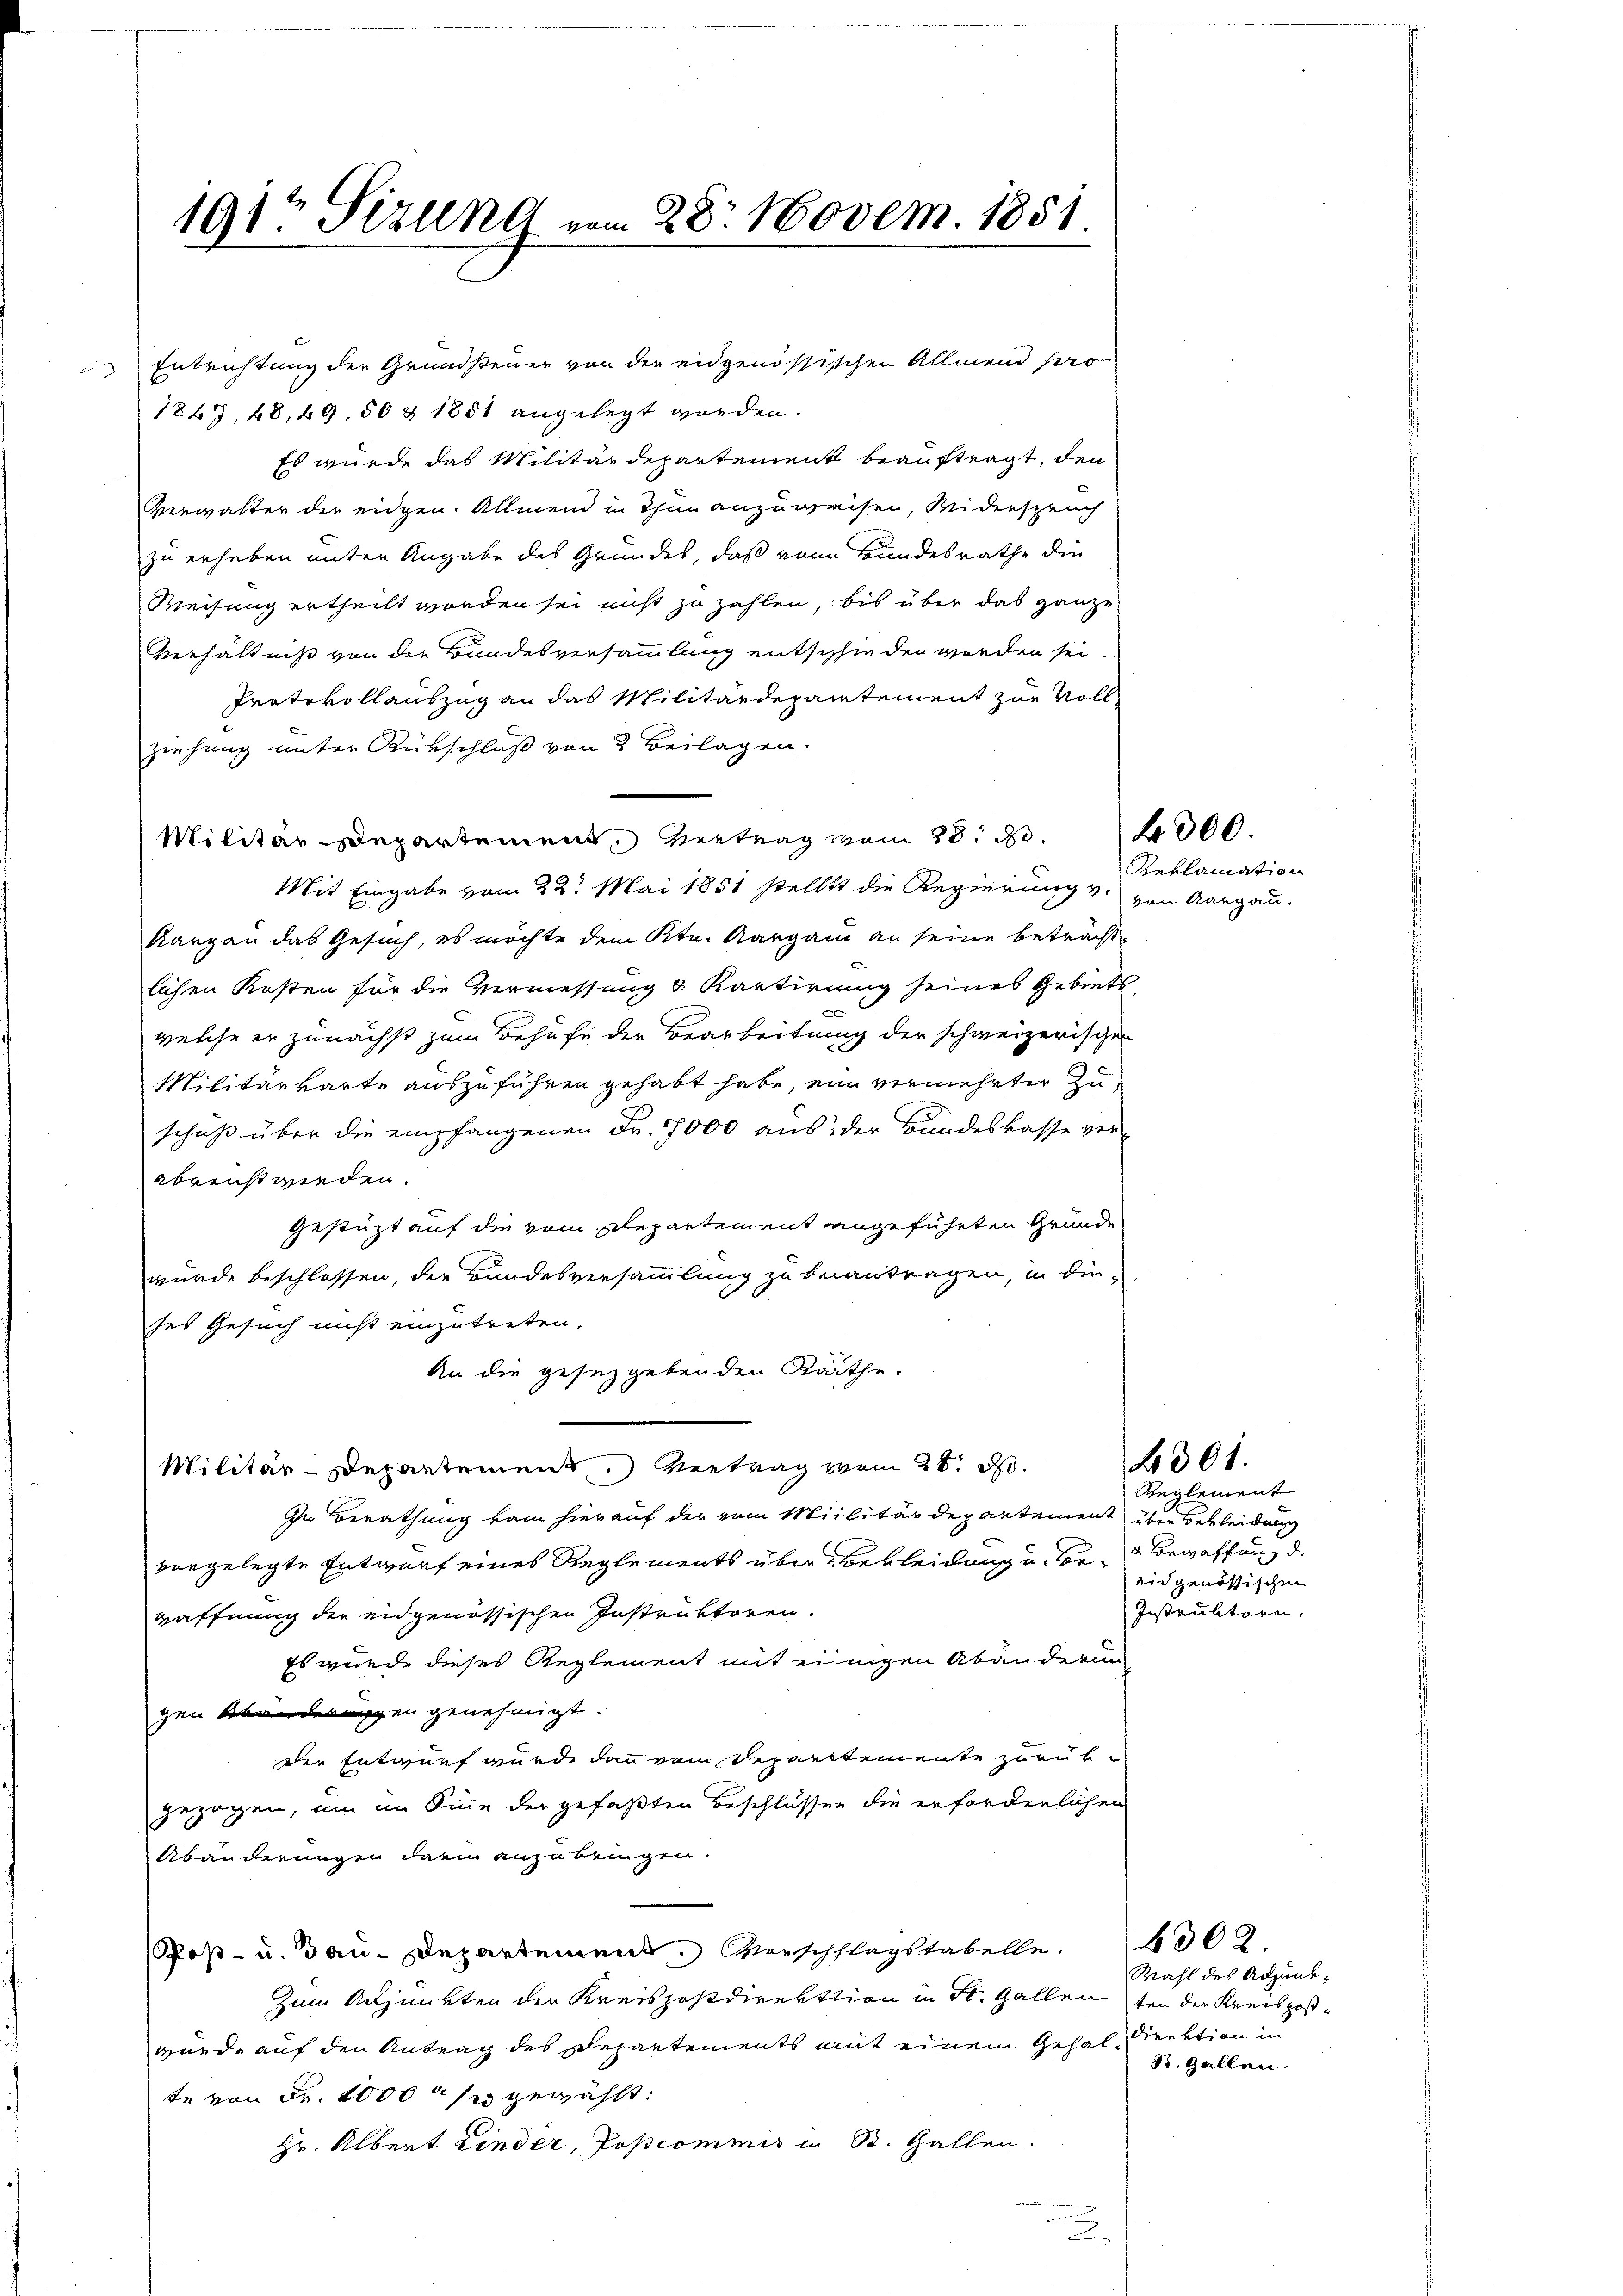
Entrichtung der Grundsteuer von der eidgenössischen Allmend sero
1867, 48, 49, 50 & 1851 angelegt worden.
Es würde das Militärdepartement beauftragt, den
Verwalter der eidgen. Allmein in Thun anzuweisen, widerspruch
zu erheben unter Angabe des Grundes, daß vom Bundesrathe die
Weisung ertheilt worden sei nicht zu zahlen, bis über das ganze
Verhältniß von der Bundesversammlung entschieden worden sei.
Protokollauszug an das Militärdepartement zur Voll-
ziehung unter Rükschluß von 3 Beilagen.
Militär-Departement. Vertrag vom 28. S. 4000.
Mit Eingabe vom 22. Mai 1851 stellt die Regierung v. von Aargau.
Kargau das Gesuch, es möchte dem Ktn. Aargau an seine beträcht
lichen Kosten für die Vermessung & Kantirung seines Gebiets
welche er zunächst zum Behufe der Bearbeitung der schweizerischen
Militärkarte auszuführen gehabt habe, ein vermehrter Zuschuß über die empfangenen Fr. 7000 aus der Bundeskasse ver-
abeenst wieden.
Gestützt auf die vom Departement angeführten Grunde
wurde beschlossen, der Bundesversammlung zu beantragen, in dieses Gesuch nicht einzutreten.
An die gesezgebenden Kräthe.
Militär-Departement. Vertrag vom 26. d.
In Berathung vom hierauf der vom Militärdepartement über bekleidung
vorgelegte Entwurf eines Reglements über Bekleidung u. Be- Bewaffung d.
Haffnung der eidgenössischen Instruktoren.
Es wurde dieses Reglement mit einigen Abänderung
gen Abänderungen genehmigt.
der Entwurf wurde dann vom Departemente zurükgezogen, um im Sinne der gefaßten Beschlussen die erforderlichen
Abänderungen darin anzubringen.
(Post- u. Bau-Departement. Vorschlagstabelle. 6309.
Zum Adjunkten der Kreispostdirektion in St. Gallen ten der Kreisposwürde auf den Antrag des Departements mit einem Gehal-Direktion zu
te von Fr. 1000 r s gewählt:
Hr. Albert Linder, Poscommis in St. Gallen.

191t Sizung vom 28. Novem. 1851

Reklamation

4301.

Reglement
eidgenössischen
Instruktoren.

Wahl des Adjunde,
S. Gallen.